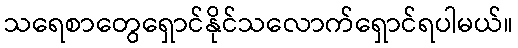
သရေစာတွေရှောင်နိုင်သလောက်ရှောင်ရပါမယ်။